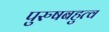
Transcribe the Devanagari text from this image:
पुरुषबहुत्व